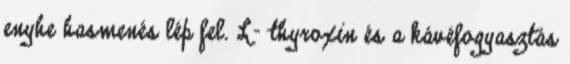
enyhe hasmenés lép fel. L- thyroxin és a kávéfogyasztás